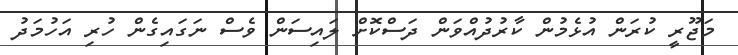
މަޖޫރީ ކުރަން އުޅެމުން ކާރުދުއްވަން ދަސްކޮށް ލައިސަން ވެސް ނަގައިގެން ހުރި އަހުމަދު